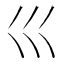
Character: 𡿦